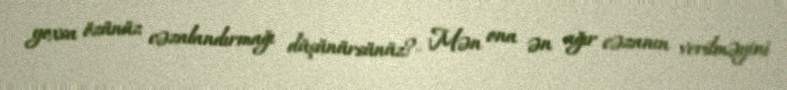
yoxsa özünüz cəzalandırmağı düşünürsünüz?- Mən ona ən ağır cəzanın verilməyini